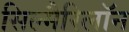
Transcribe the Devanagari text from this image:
सिल्मैरिलॉन